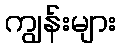
ကျွန်းများ